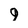
Character: 9